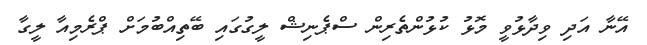
އޭނާ އަދި ވިދާޅުވީ މޮޅު ކުޅުންތެރިން ސްޕެނިޝް ލީގުގައި ބޭތިއްބުމަށް ޕްރެމިއާ ލީގާ